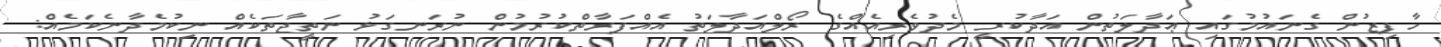
ހާފިޒުން ގެނައުމުގައި ޢަދާލަތުން އަދާކުރީ މެދުވެރިއެއްގެ ރޯލްއަދާލަތު އެއްފަރާތްކުރުމުން ނުރަނގަޅު ނަތީޖާތަކެއް ނިކުމެދާނެކަމެއް: